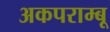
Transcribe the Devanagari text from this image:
अकपराम्बू